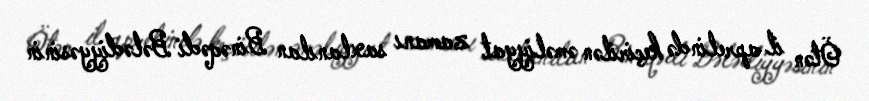
Ötən il aprelində keçirilən əməliyyat zamanı saxlanılan Binəqədi Bələdiyyəsinin